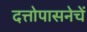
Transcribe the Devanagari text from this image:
दत्तोपासनेचें